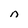
Character: n